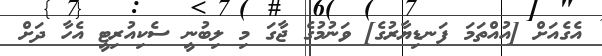
އެގެއަށް [އުއްތަމަ ފަނޑިޔާރުގެ] ވަނުމުގެ ޖާގަ މި ލިބުނީ ސެކިއުރިޓީ އެހާ ދަށް